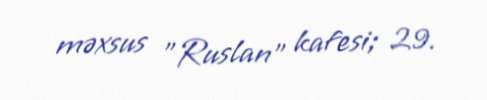
məxsus "Ruslan" kafesi; 29.